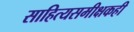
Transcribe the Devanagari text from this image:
साहित्यसमीक्षकही